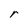
Character: r